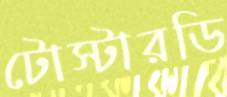
টোস্টারডি